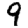
Digit: 9